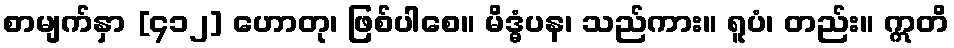
စာမျက်နှာ [၄၁၂] ဟောတု၊ ဖြစ်ပါစေ။ မိဒ္ဓံပန၊ သည်ကား။ ရူပံ၊ တည်း။ ဣတိ